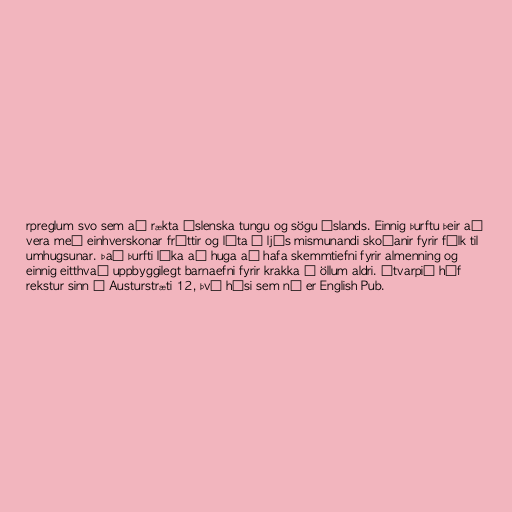
rpreglum svo sem að rækta íslenska tungu og sögu íslands. Einnig þurftu þeir að
vera með einhverskonar fréttir og láta í ljós mismunandi skoðanir fyrir fólk til
umhugsunar. Það þurfti líka að huga að hafa skemmtiefni fyrir almenning og
einnig eitthvað uppbyggilegt barnaefni fyrir krakka á öllum aldri. Útvarpið hóf
rekstur sinn í Austurstræti 12, því húsi sem nú er English Pub.